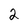
Character: 2